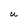
Character: U